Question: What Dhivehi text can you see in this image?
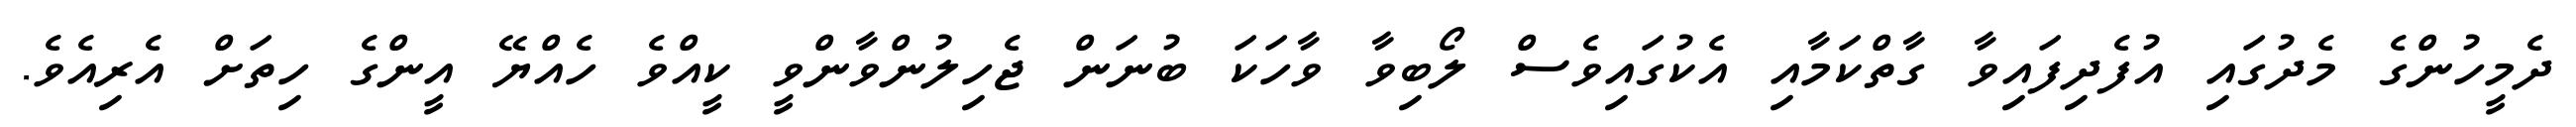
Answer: ދެމީހުންގެ މެދުގައި އުފެދިފައިވާ ގާތްކަމާއި އެކުގައިވެސް ލޯބިވާ ވާހަކަ ބުނަން ޖެހިލުންވާންވީ ކީއްވެ ހެއްޔޭ އީންގެ ހިތަށް އެރިއެވެ.